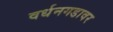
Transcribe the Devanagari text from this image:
वर्धनगडावर